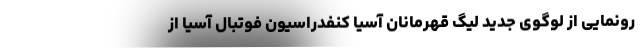
رونمایی از لوگوی جدید لیگ قهرمانان آسیا کنفدراسیون فوتبال آسیا از